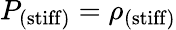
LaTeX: P_{\mathrm{(stiff)}}=\rho_{\mathrm{(stiff)}}